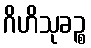
ဂိဟိသုခဉ္စ